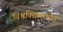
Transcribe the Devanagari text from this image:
विश्वविद्यालयीन